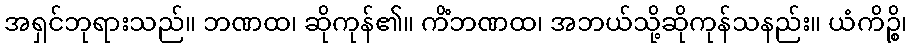
အရှင်ဘုရားသည်။ ဘဏထ၊ ဆိုကုန်၏။ ကိံဘဏထ၊ အဘယ်သို့ဆိုကုန်သနည်း။ ယံကိဉ္စိ၊